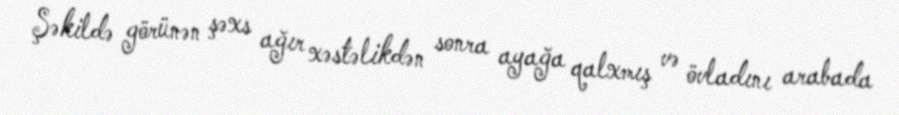
Şəkildə görünən şəxs ağır xəstəlikdən sonra ayağa qalxmış və övladını arabada